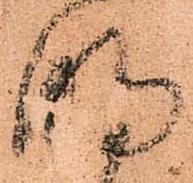
明